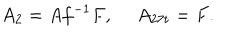
A _ { 2 } = A f ^ { - 1 } F , \ A _ { 2 7 t } = F .